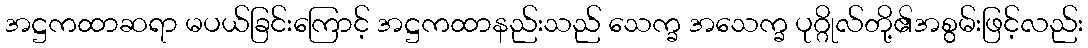
အဋ္ဌကထာဆရာ မပယ်ခြင်းကြောင့် အဋ္ဌကထာနည်းသည် သေက္ခ အသေက္ခ ပုဂ္ဂိုလ်တို့၏အစွမ်းဖြင့်လည်း